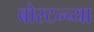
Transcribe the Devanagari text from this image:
बोस्टन्च्या